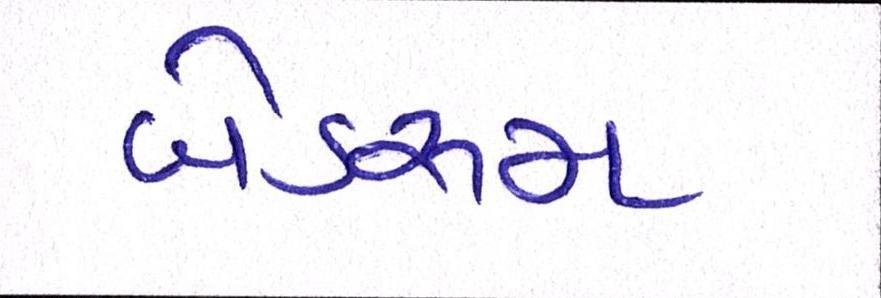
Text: બેડરૂમ